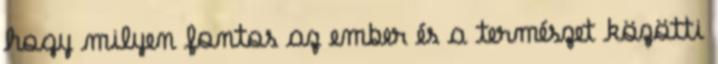
hogy milyen fontos az ember és a természet közötti